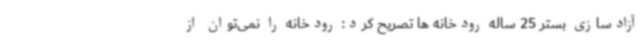
آزادسازی بستر 25 ساله رودخانه ها تصریح کرد: رودخانه را نمی‌توان از